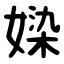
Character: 媣